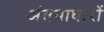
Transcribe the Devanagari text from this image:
अंतयाधारों